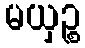
မယှဉ္စ